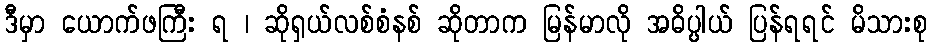
ဒီမှာ ယောက်ဖကြီး ရ ၊ ဆိုရှယ်လစ်စံနစ် ဆိုတာက မြန်မာလို အဓိပ္ပါယ် ပြန်ရရင် မိသားစု